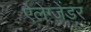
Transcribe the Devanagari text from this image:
ऐलेग्जेंडर